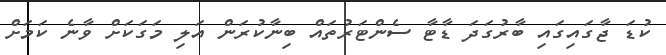
ކުޑަ ޖާގައިގައި ބާރުގަދަ ޑާޓާ ސެންޓަރުތައް ބިނާކުރަން އަލި މަގަކަށް ވާނެ ކަމަށް